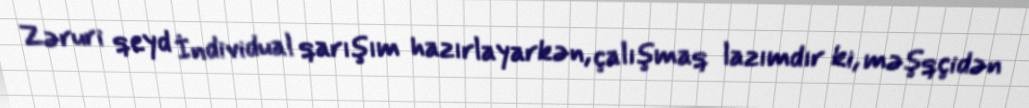
Zəruri qeyd İndividual qarışım hazırlayarkən, çalışmaq lazımdır ki, məşqçidən